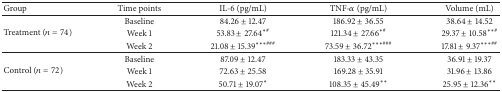
<table><thead><tr><td><b>Group</b></td><td><b>Time points</b></td><td><b>IL-6 (pg/mL)</b></td><td><b>TNF-<i>α</i> (pg/mL)</b></td><td><b>Volume (mL)</b></td></tr></thead><tbody><tr><td rowspan="3">Treatment (<i>n</i> = 74)</td><td>Baseline</td><td>84.26 ± 12.47</td><td>186.92 ± 36.55</td><td>38.64 ± 14.52</td></tr><tr><td>Week 1</td><td>53.83 ± 27.64<sup><i>∗</i>#</sup></td><td>121.34 ± 27.66<sup><i>∗</i>#</sup></td><td>29.37 ± 10.58<sup><i>∗∗</i>#</sup></td></tr><tr><td>Week 2</td><td>21.08 ± 15.39<sup><i>∗∗∗</i>###</sup></td><td>73.59 ± 36.72<sup><i>∗∗∗</i>###</sup></td><td>17.81 ± 9.37<sup><i>∗∗∗</i>##</sup></td></tr><tr><td rowspan="3">Control (<i>n</i> = 72)</td><td>Baseline</td><td>87.09 ± 12.47</td><td>183.33 ± 43.35</td><td>36.91 ± 19.37</td></tr><tr><td>Week 1</td><td>72.63 ± 25.58</td><td>169.28 ± 35.91</td><td>31.96 ± 13.86</td></tr><tr><td>Week 2</td><td>50.71 ± 19.07<sup><i>∗</i></sup></td><td>108.35 ± 45.49<sup><i>∗∗</i></sup></td><td>25.95 ± 12.36<sup><i>∗∗</i></sup></td></tr></tbody></table>